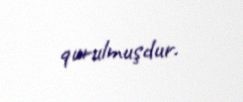
qurulmuşdur.